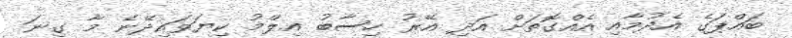
ބައްޕަގެ އެދުމާއި އެއްގޮތަށް އަދި އޭރު ހިސާބު އިލްމު ކިޔަވައިދޭނެ މާ ގިނަ